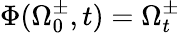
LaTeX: \Phi(\Omega_{0}^{\pm},t)=\Omega_{t}^{\pm}